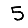
Digit: 5